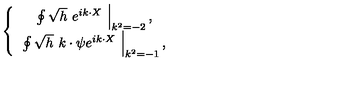
\left\{ \begin{array} { c } { \left. \oint \sqrt { h } \ e ^ { i k \cdot X } \ \right| _ { k ^ { 2 } = - 2 } , } \\ { \left. \oint \sqrt { h } \ k \cdot \psi e ^ { i k \cdot X } \ \right| _ { k ^ { 2 } = - 1 } , } \\ \end{array} \right.